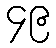
၄၉